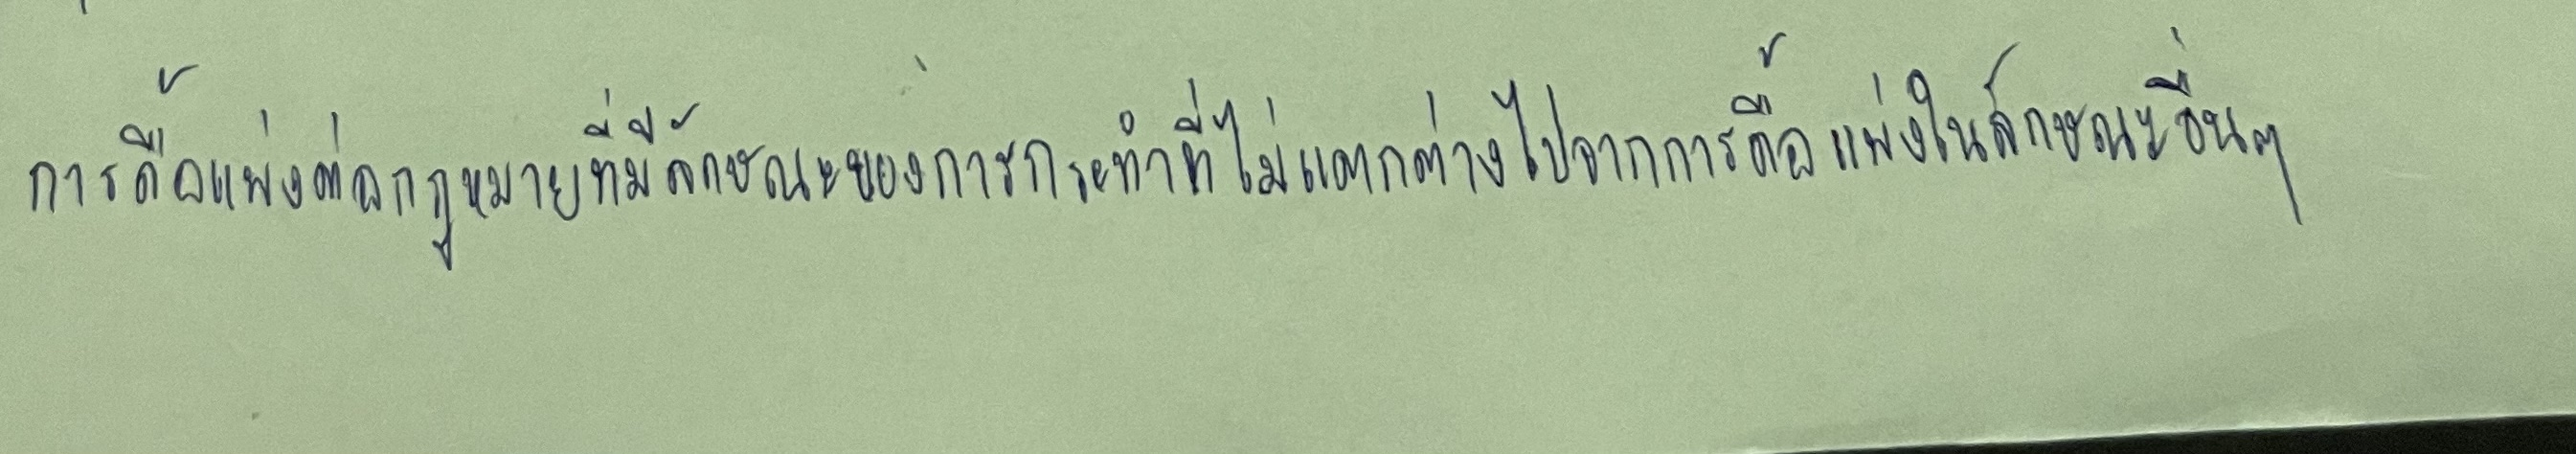
การดื้อแพ่งต่อกฎหมายที่มีลักษณะของการกระทำที่ไม่แตกต่างไปจากการดื้อแพ่งในลักษณะอื่นๆ